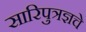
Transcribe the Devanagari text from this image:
सारिपुत्रज्ञचे